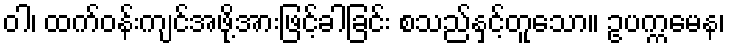
ဝါ၊ ထက်ဝန်းကျင်အဖို့အားဖြင့်ခါခြင်း စသည်နှင့်တူသော။ ဥပက္ကမေန၊